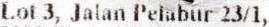
LOT 3, JALAN PELABUR 23/1,